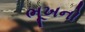
ભૂખનો